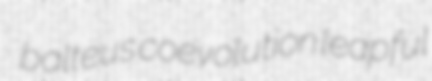
balteus coevolution leapful